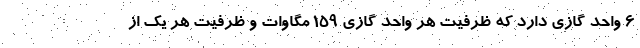
۶ واحد گازی دارد که ظرفیت هر واحد گازی ۱۵۹ مگاوات و ظرفیت هر یک از